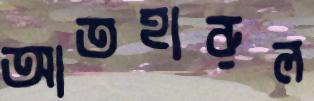
আতহারুল